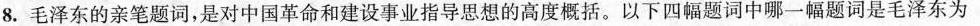
8.毛泽东的亲笔题词，是对中国革命和建设事业指导思想的高度概括。以下四幅题词中哪一幅题词是毛泽东为